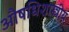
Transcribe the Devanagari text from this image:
औषधिशास्त्रीय